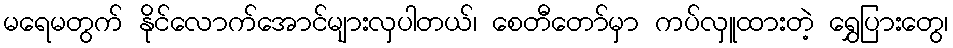
မရေမတွက် နိုင်လောက်အောင်များလှပါတယ်၊ စေတီတော်မှာ ကပ်လှူထားတဲ့ ရွှေပြားတွေ၊